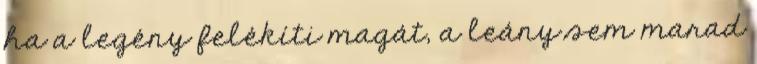
ha a legény felékíti magát, a leány sem marad